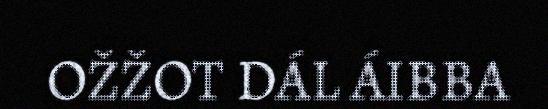
OŽŽOT DÁL ÁIBBA